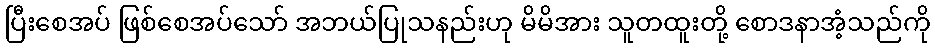
ပြီးစေအပ် ဖြစ်စေအပ်သော် အဘယ်ပြုသနည်းဟု မိမိအား သူတထူးတို့ စောဒနာအံ့သည်ကို